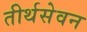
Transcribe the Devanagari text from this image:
तीर्थसेवन